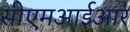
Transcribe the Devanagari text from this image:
सीएमआईआर